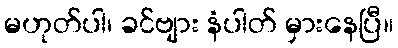
မဟုတ်ပါ၊ ခင်ဗျား နံပါတ် မှားနေပြီ။